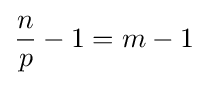
{n \over p}-1=m-1